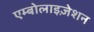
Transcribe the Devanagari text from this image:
एम्बोलाइज़ेशन